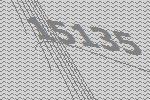
15135